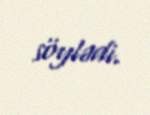
söylədi.